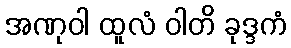
အဏုဝါ ထူလံ ဝါတိ ခုဒ္ဒကံ